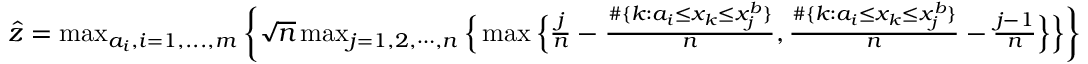
\begin{array} { r } { \hat { z } = \operatorname* { m a x } _ { a _ { i } , i = 1 , . . . , m } \bigg \{ \sqrt { n } \operatorname* { m a x } _ { j = 1 , 2 , \cdots , n } \Big \{ \operatorname* { m a x } \Big \{ \frac { j } { n } - \frac { \# \{ k : a _ { i } \leq x _ { k } \leq x _ { j } ^ { b } \} } { n } , \frac { \# \{ k : a _ { i } \leq x _ { k } \leq x _ { j } ^ { b } \} } { n } - \frac { j - 1 } { n } \Big \} \Big \} \bigg \} } \end{array}